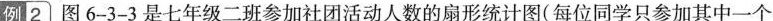
例|2 图6-3-3是七年级二班参加社团活动人数的扇形统计图(每位同学只参加其中一个